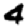
Digit: 4